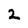
Character: 2